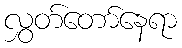
လွှတ်တော်နေရာ